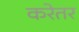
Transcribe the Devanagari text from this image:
करेतर